Indian journal of veterinary science and animal husbandry - Volume 2,
Year: 1932
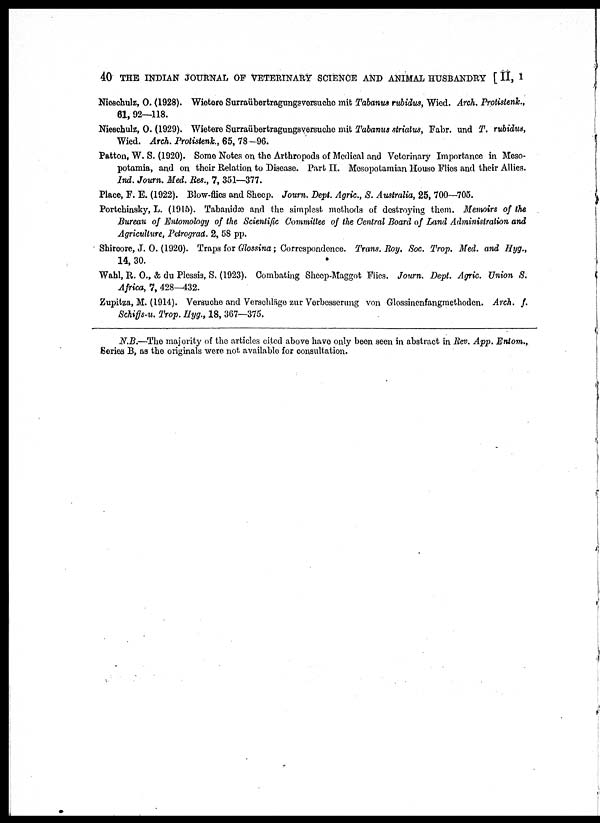
40 THE INDIAN JOURNAL OF VETERINARY SCIENCE AND ANIMAL HUSBANDRY [ II, I
Nieschulz, O. (1928). Wietere Surraübertragungsversuche mit Tabanus rubidus, Wied. Arch. Protistenk.,
61, 92—118.
Nieschulz, O. (1929). Wietere Surraübertragungsversuche mit Tabanus striatus, Fabr. und T. rubidus,
Wied. Arch. Protistenk., 65, 78-96.
Patton, W. S. (1920). Some Notes on the Arthropods of Medical and Veterinary Importance in Meso-
potamia, and on their Relation to Disease. Part II. Mesopotamian House Flies and their Allies.
Ind. Journ. Med. Res., 7, 351—377.
Place, F. E. (1922). Blow-flies and Sheep. Journ. Dept. Agric., S. Australia, 25, 700—705.
Portchinsky, L. (1915). Tabanidæ and the simplest methods of destroying them. Memoirs of the
Bureau of Entomology of the Scientific Committee of the Central Board of Land Administration and
Agriculture, Petrograd. 2, 58 pp.
Shiroore, J. O. (1920). Traps for Glossina; Correspondence. Trans. Roy. Soc. Trop. Med. and Hyg.,
14, 30.
Wahl, R. O., & du Plessis, S. (1923). Combating Sheep-Maggot Flies. Journ. Dept. Agric. Union S.
Africa, 7, 428—432.
Zupitza, M. (1914). Versuche and Verschläge zur Verbesserung von Glossinenfangmethoden. Arch. f.
Schiffs-u. Trop. Hyg., 18, 367—375.
N.B.—The majority of the articles cited above have only been seen in abstract in Rev. App. Entom.,
Series B, as the originals were not available for consultation.